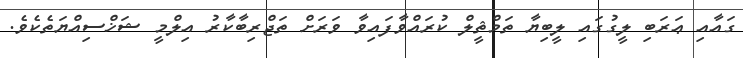
ގައާއި ޢަރަބި ލީގުގައި ލީބިޔާ ތަމްޘީލް ކުރައްވާފައިވާ ވަރަށް ތަޖްރިބާކާރު އިލްމީ ޝަޚްސިއްޔަތެކެވެ.